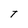
Character: T